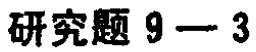
研究题 9—3